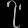
Digit: ၇